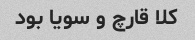
کلا قارچ و سویا بود